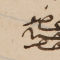
عضو حسن حصِر